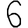
Digit: 6